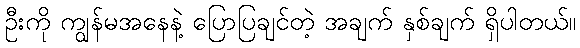
ဦးကို ကျွန်မအနေနဲ့ ပြောပြချင်တဲ့ အချက် နှစ်ချက် ရှိပါတယ်။